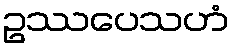
ဥဿပေသဟံ